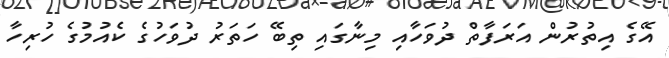
އޭގެ އިތުރުން އަރަފާތް ދުވަހާއި މިނާގައި ތިބޭ ހަތަރު ދުވަހުގެ ކެއުމުގެ ހުރިހާ